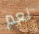
نعم